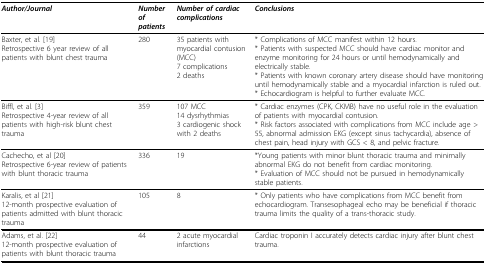
| Author/Journal | Number of patients | Number of cardiac complications | Conclusions |
 | --- | --- | --- | --- |
 | Baxter, et al. [19]Retrospective 6 year review of all patients with blunt chest trauma | 280 | 35 patients with myocardial contusion (MCC)7 complications2 deaths | * Complications of MCC manifest within 12 hours.* Patients with suspected MCC should have cardiac monitor and enzyme monitoring for 24 hours or until hemodynamically and electrically stable.* Patients with known coronary artery disease should have monitoring until hemodynamically stable and a myocardial infarction is ruled out.* Echocardiogram is helpful to further evaluate MCC. |
 | Biffl, et al. [3]Retrospective 4-year review of all patients with high-risk blunt chest trauma | 359 | 107 MCC14 dysrhythmias3 cardiogenic shockwith 2 deaths | * Cardiac enzymes (CPK, CKMB) have no useful role in the evaluation of patients with myocardial contusion.* Risk factors associated with complications from MCC include age > 55, abnormal admission EKG (except sinus tachycardia), absence of chest pain, head injury with GCS < 8, and pelvic fracture. |
 | Cachecho, et al [20]Retrospective 6-year review of patients with blunt thoracic trauma | 336 | 19 | *Young patients with minor blunt thoracic trauma and minimally abnormal EKG do not benefit from cardiac monitoring.* Evaluation of MCC should not be pursued in hemodynamically stable patients. |
 | Karalis, et al [21]12-month prospective evaluation of patients admitted with blunt thoracic trauma | 105 | 8 | * Only patients who have complications from MCC benefit from echocardiogram. Transesophageal echo may be beneficial if thoracic trauma limits the quality of a trans-thoracic study. |
 | Adams, et al. [22]12-month prospective evaluation of patients with blunt thoracic trauma | 44 | 2 acute myocardial infarctions | Cardiac troponin I accurately detects cardiac injury after blunt chest trauma. |